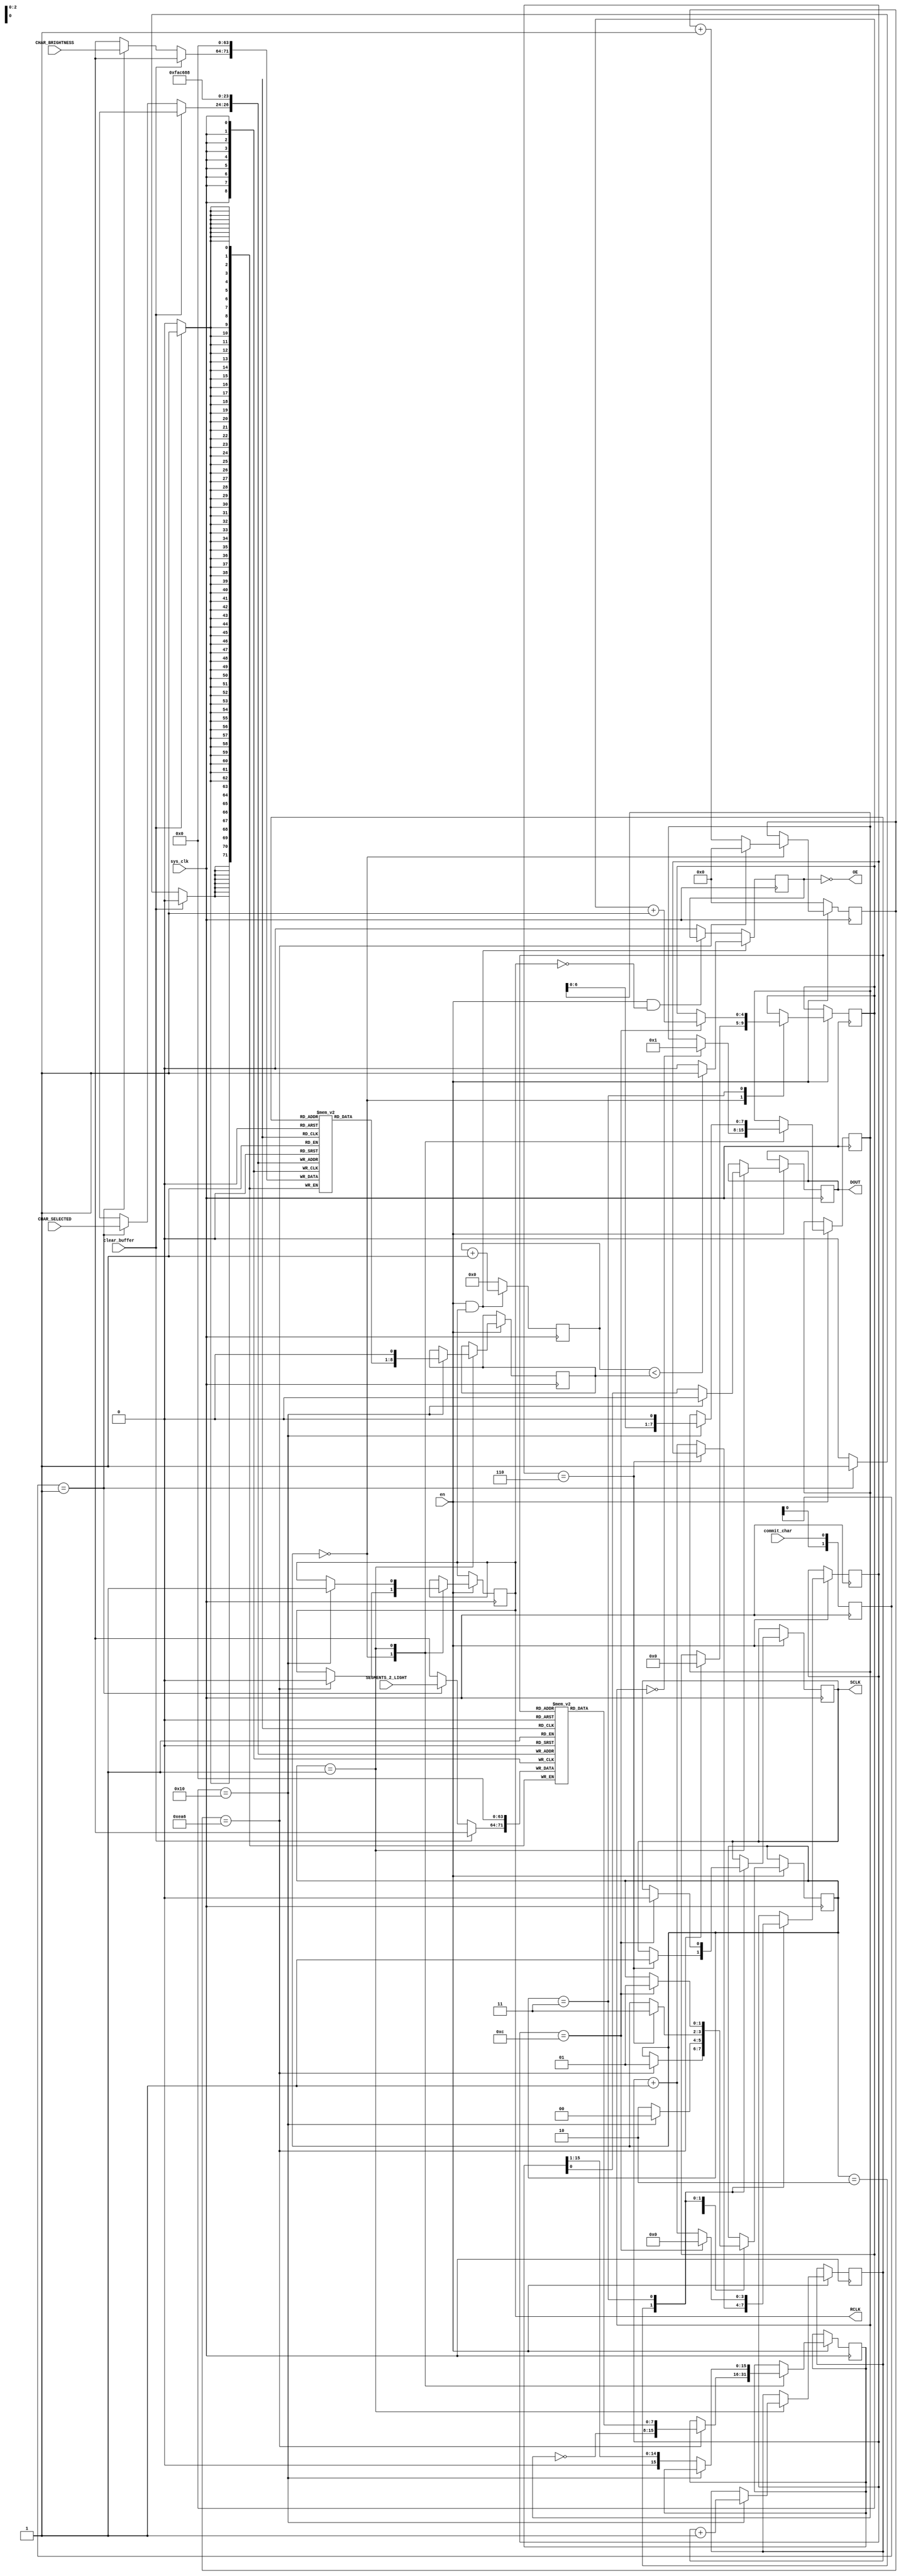
module PGL_Sandpiper_vAlpha_7Seg_Driver
#(
    parameter DISPLAY_HZ    = 800,          // Full Display Update Rate
    parameter SYSCLK_F      = 24000000,     // Input Clock Freq.
    parameter SHIFT_CLK_F   = 2000000       // SCLK Rate
)
(
    input en,
    input sys_clk,
    input clear_buffer,
    input commit_char,
    input [(SEG_CT - 1):0]          SEGMENTS_2_LIGHT,
    input [($clog2(CAN_CT) - 1):0]  CHAR_SELECTED,
    input [(DIMMING_REG_W - 1):0]   CHAR_BRIGHTNESS,

    output reg  SCLK,
    output reg  DOUT,
    output reg  RCLK,
    output wire OE
);
    //////////////////////////////////////////////////////////
    // Critical Parameter Start
    //////////////////////////////////////////////////////////
    // DO NOT CHANGE THESE PARAMETERS!!
    
    // Number of Segments per Char
    localparam SEG_CT = 8;

    // Number of Characters / Common Anodes
    //  Must be power of 2 for this to work!!
    localparam CAN_CT = 8;

    // Resolution of PWM Dimming / Brightness per char
    // Must be power of 2
    localparam DIMMING_STEPS = 256;
    //////////////////////////////////////////////////////////
    // Critical Parameter End
    //////////////////////////////////////////////////////////

    // Generic Parameters. Don't edit!
    localparam RCLK_COMMIT_2_OUTPUT = 1;
    localparam RCLK_CLR             = 0;

    localparam SEG_TIME_HZ          = DISPLAY_HZ * SEG_CT;
    localparam SEG_TIME_CYC         = SYSCLK_F / SEG_TIME_HZ;
    localparam SEG_TIME_W           = $clog2(SEG_TIME_CYC);

    localparam SHIFT_CLK_DIV        = SYSCLK_F / SHIFT_CLK_F;
    localparam SHIFT_CLK_DIV_W      = $clog2(SHIFT_CLK_DIV);

    localparam DIMMING_REG_W        = $clog2(DIMMING_STEPS);
    localparam IDX_W                = $clog2(CAN_CT);

    // Display Buffer, Constantly Refreshed to Display
    reg [(SEG_CT - 1):0]        display_buffer [0:(CAN_CT - 1)];
    reg [(DIMMING_REG_W - 1):0] brightness_buffer [0:(CAN_CT - 1)];

    // Internal Character Display Time Counter
    reg [(SEG_TIME_W - 1):0] char_time_ctr;

    // Shift Clock Divider, the 596 doesn't care about clk symmetry as long as the pulse is >7ns
    reg [(SHIFT_CLK_DIV_W - 1):0] shift_clk_ctr;
    localparam SCLK_HI  = 1;
    localparam SCLK_LO  = 0;

    // Internal Index of which char is to be lit
    reg [(IDX_W - 1):0] idx;

    // State of Character Update Shift, as well as SCLK and RCLK generation
    reg [1:0]shift_state;
    localparam WAIT     = 2'h0;
    localparam SHIFT    = 2'h1;
    localparam STALL_0  = 2'h2;
    localparam STALL_1  = 2'h3;

    // Output registers, counters, etc..
    localparam  DOUT_SHIFT_D_W      = SEG_CT + CAN_CT;
    localparam  DOUT_SHIFT_CT_W     = $clog2(DOUT_SHIFT_D_W);

    reg [(CAN_CT - 1):0]            c_anode_sel;        // Anode Select Bitfield
    reg [(DOUT_SHIFT_D_W - 1):0]    dout_shift_reg;     // Contains 16-bit frame to shift out
    reg [(DOUT_SHIFT_CT_W):0]       dout_shift_ctr;     // Counts to 16...

    // PWM targets are in range [255,0] but are shifted right one
    //  such that the output frequency is in an acceptable range.
    //  This is a standard non-inverting configuration, clear on OVF, set on COMPARE
    reg [(DIMMING_REG_W):0]         brightness_tgt;     // 1 bit wider to divide rate by 2
    reg [(DIMMING_REG_W):0]         pwm_ctr;            // 1 bit wider to divide rate by 2

    // ~OE is Active low, so invert such that on startup
    //  segments are all off.
    reg         OUTPUT_ENABLE;
    assign      OE = ~OUTPUT_ENABLE;
    localparam  OUTPUT_ON    = 1;
    localparam  OUTPUT_OFF   = 0;

    // Detect when a new commit has occured
    reg [1:0]   commit_edge_det;
    localparam  COMMIT_RISING = 2'b01;

    integer n;
    initial begin
        DOUT            = 0;
        RCLK            = 0;
        SCLK            = 0;
        OUTPUT_ENABLE   = 0;
        char_time_ctr   = 0;
        idx             = 0;
        shift_state     = 0;
        dout_shift_reg  = 0;
        c_anode_sel     = 0;
        dout_shift_ctr  = 0;
        shift_clk_ctr   = 0;
        brightness_tgt  = 0;
        pwm_ctr         = 0;
        commit_edge_det = 0;

        for(n = 0; n < CAN_CT; n = n + 1) begin
            display_buffer[n]       = {(SEG_CT){1'b0}};
            brightness_buffer[n]    = {(DIMMING_REG_W - 1){1'b0}};
        end
    end


    // Update Display and Brightness Buffer
    always @ (posedge sys_clk) begin
        if(clear_buffer) begin
            for(n = 0; n < CAN_CT; n = n + 1) begin
                display_buffer[n]       <= 0;
                brightness_buffer[n]    <= 0;
            end
        end
        else if(commit_edge_det == COMMIT_RISING) begin
            display_buffer[CHAR_SELECTED]       <= SEGMENTS_2_LIGHT;
            brightness_buffer[CHAR_SELECTED]    <= CHAR_BRIGHTNESS;
        end
        commit_edge_det <= {commit_edge_det[0], commit_char};
    end

    // Run Display Output
    always @ (posedge sys_clk) begin
        if(en) begin
            case (shift_state)
                WAIT: begin
                    if(!c_anode_sel) c_anode_sel <= 8'h01;

                    char_time_ctr <= char_time_ctr + 1;
                    
                    if(char_time_ctr == SEG_TIME_CYC) begin // Light up next char
                        // We can count on rollover since the idx is a power of 2 here
                        dout_shift_reg  <= {~c_anode_sel,display_buffer[idx]};
                        //dout_shift_reg  <= {8'h01,8'b10000000};
                        dout_shift_ctr  <= 0;
                        char_time_ctr   <= 0;
                        shift_state     <= SHIFT;
                        RCLK            <= RCLK_CLR;
                    end
                end

                SHIFT: begin
                    if(dout_shift_ctr == DOUT_SHIFT_D_W) begin  // Wait to send next char
                        shift_state     <= WAIT;
                        DOUT            <= 0;
                        RCLK            <= RCLK_COMMIT_2_OUTPUT;
                        brightness_tgt  <= {brightness_buffer[idx][(DIMMING_REG_W - 1):0], 1'b0};  // Divide by 2 by expanding ctr
                        idx             <= idx + 1;
                        c_anode_sel     <= {c_anode_sel[(CAN_CT - 2):0], 1'b0};
                    end
                    else begin                                  // Shift out dataframe, generate SCLK
                        DOUT            <= dout_shift_reg[0];
                        //dout_shift_reg  <= {1'b0, dout_shift_reg[DOUT_SHIFT_CT_W - 1:1]};
                        dout_shift_reg  <= dout_shift_reg >> 1;
                        shift_state     <= STALL_0;     // Create output SCLK
                    end
                end
                /*
                    Stall 0 and Stall 1 form a ~50% duty cycle clock at the prescribed rate
                */
                STALL_0: begin
                    if(shift_clk_ctr == (SHIFT_CLK_DIV >> 1)) begin
                        SCLK            <= SCLK_HI;
                        shift_state     <= STALL_1;
                    end
                    else shift_clk_ctr  <= shift_clk_ctr + 1;
                end

                STALL_1: begin
                    if(shift_clk_ctr == SHIFT_CLK_DIV) begin
                        SCLK            <= SCLK_LO;
                        shift_state     <= SHIFT;
                        dout_shift_ctr  <= dout_shift_ctr + 1;
                        shift_clk_ctr   <= 0;
                    end
                    else shift_clk_ctr  <= shift_clk_ctr + 1;
                end
            endcase
            
        end
        else begin
            char_time_ctr   <= 0;
        end
    end

    // Generate Dimming PWM on ~OE
    always @ (posedge sys_clk) begin
    `ifdef DEBUG_BRIGHTNESS
        if(en)  OUTPUT_ENABLE   <= OUTPUT_ON;
        else    OUTPUT_ENABLE   <= OUTPUT_OFF;
    `else
        if(en && RCLK) begin
            /*
            if(pwm_ctr == brightness_tgt) OUTPUT_ENABLE <= OUTPUT_OFF;
            else if(pwm_ctr == 0) OUTPUT_ENABLE <= OUTPUT_ON;
            */
            if(pwm_ctr < brightness_tgt) OUTPUT_ENABLE <= OUTPUT_ON;
            else OUTPUT_ENABLE <= OUTPUT_OFF;
            
            pwm_ctr <= pwm_ctr + 1;
        end
        else if(en && !RCLK) pwm_ctr <= 0;
        else begin
            OUTPUT_ENABLE   <= OUTPUT_OFF;
            pwm_ctr         <= 0;
        end
    `endif
    end
endmodule